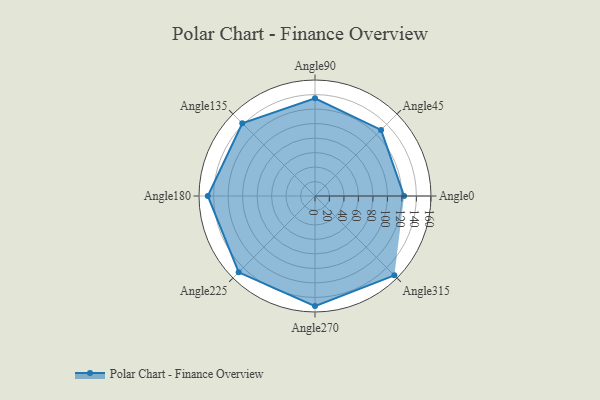
{"axis": {"x": "Angle", "y": "Radius"}, "legend": [""], "data": [{"x": "Angle0", "y": 123.0, "type": ""}, {"x": "Angle45", "y": 129.0, "type": ""}, {"x": "Angle90", "y": 135.0, "type": ""}, {"x": "Angle135", "y": 142.0, "type": ""}, {"x": "Angle180", "y": 148.0, "type": ""}, {"x": "Angle225", "y": 149.0, "type": ""}, {"x": "Angle270", "y": 152.0, "type": ""}, {"x": "Angle315", "y": 155.0, "type": ""}]}